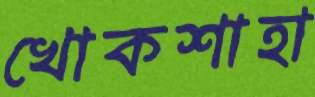
খোকশাহা